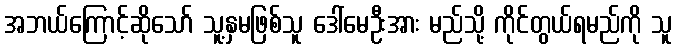
အဘယ်ကြောင့်ဆိုသော် သူ့နှမဖြစ်သူ ဒေါ်မေဦးအား မည်သို့ ကိုင်တွယ်ရမည်ကို သူ